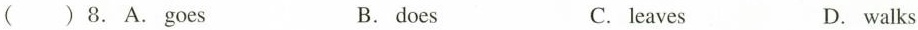
( )8.A.Goes B.does C.leaves D.walks